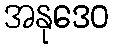
အနုဒေဝ